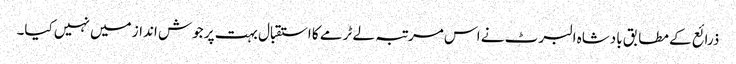
ذرائع کے مطابق بادشاہ البرٹ نے اس مرتبہ لے ٹرمے کا استقبال بہت پر جوش انداز میں نہیں کیا۔